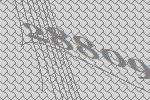
28809